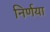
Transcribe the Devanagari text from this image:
निर्णया